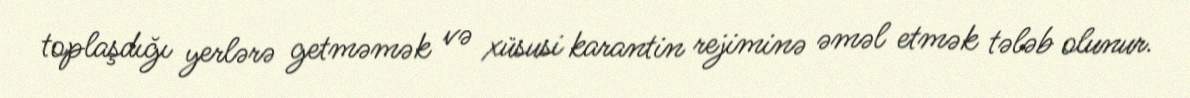
toplaşdığı yerlərə getməmək və xüsusi karantin rejiminə əməl etmək tələb olunur.